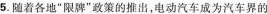
5.随着各地“限牌”政策的推出，电动汽车成为汽车界的